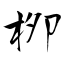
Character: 栁